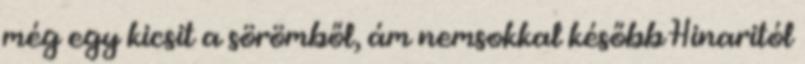
még egy kicsit a sörömből, ám nemsokkal később Hinaritól